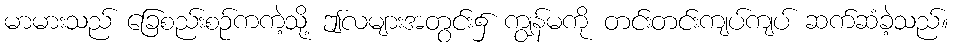
မာမားသည် ခြေစည်းစဉ်ကကဲ့သို့ ဤလများအတွင်း၌ ကျွန်မကို တင်းတင်းကျပ်ကျပ် ဆက်ဆံခဲ့သည်။